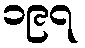
၁၉၇